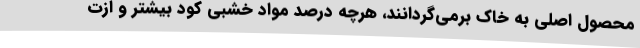
محصول اصلی به خاک برمی‌گردانند، هرچه درصد مواد خشبی کود بیشتر و ازت